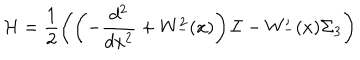
{ \cal H } = \frac { 1 } { 2 } \left( \left( - \frac { d ^ { 2 } } { d x ^ { 2 } } + W _ { - } ^ { 2 } ( x ) \right) { \cal I } - W _ { - } ^ { \prime } ( x ) \Sigma _ { 3 } \right)